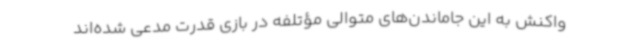
واکنش به این جا‌ماندن‌های متوالی مؤتلفه در بازی قدرت مدعی شده‌اند